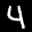
Label: 4